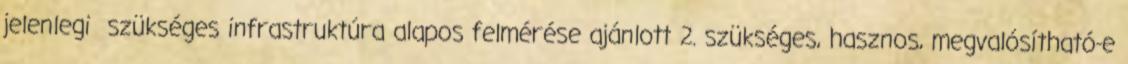
jelenlegi szükséges infrastruktúra alapos felmérése ajánlott 2. szükséges, hasznos, megvalósítható-e